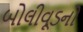
બોલીવૂડનો